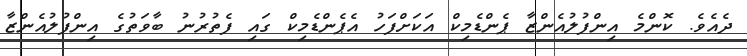
ދެއެވެ. ކޮންމެ އިންފުލުއެންޒާ ޕެންޑެމިކް އަކަށްފަހު އެޕެންޑެމިކް ގައި ފެތުރުނު ބާވަތުގެ އިންފުލުއެންޒާ